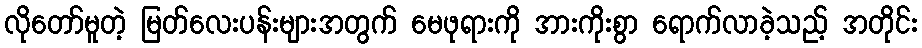
လိုတော်မူတဲ့ မြတ်လေးပန်းများအတွက် မေဖုရားကို အားကိုးစွာ ရောက်လာခဲ့သည့် အတိုင်း